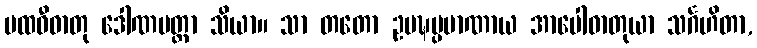
ပထဝီဓာတု ဒေါဏမတ္တာ သိယာ။ သာ တတော ဥပဍ္ဎပ္ပမာဏာယ အာပေါဓာတုယာ သင်္ဂဟိတာ,